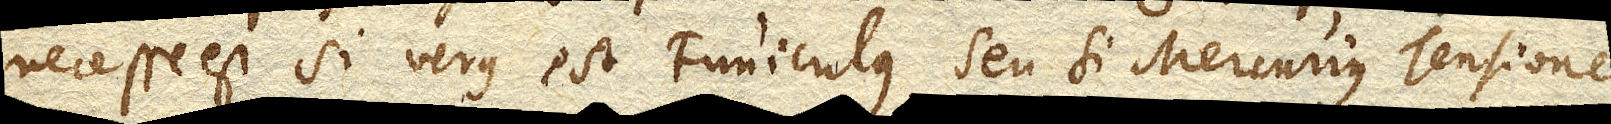
necesse est, si verus est Funiculus, seu si Mercurius Tensione